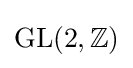
\operatorname {GL} (2,\mathbb {Z} )